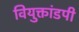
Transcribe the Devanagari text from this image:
वियुक्तांडपी